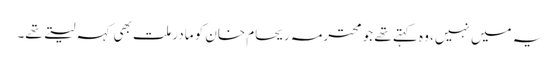
یہ میں نہیں، وہ کہتے تھے جو محترمہ ریحام خان کو مادر ملت بھی کہہ لیتے تھے۔